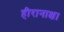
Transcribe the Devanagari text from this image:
हीरानाक्ष।